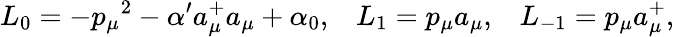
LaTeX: L_{0}=-{p_{\mu}}^{2}-\alpha^{\prime}a_{\mu}^{+}a_{\mu}+\alpha_{0},\; \; \; L_{1}=p_{\mu}a_{\mu},\; \; \; L_{-1}=p_{\mu}a_{\mu}^{+},